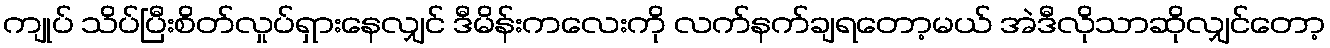
ကျုပ် သိပ်ပြီးစိတ်လှုပ်ရှားနေလျှင် ဒီမိန်းကလေးကို လက်နက်ချရတော့မယ် အဲဒီလိုသာဆိုလျှင်တော့